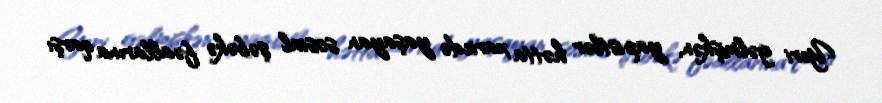
Yeri gəlmişkən, yapistlər hətta xaricdə yaşayan sosial şəbəkə fəallarına qarşı